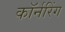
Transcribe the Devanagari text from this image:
कॉर्नरिंग